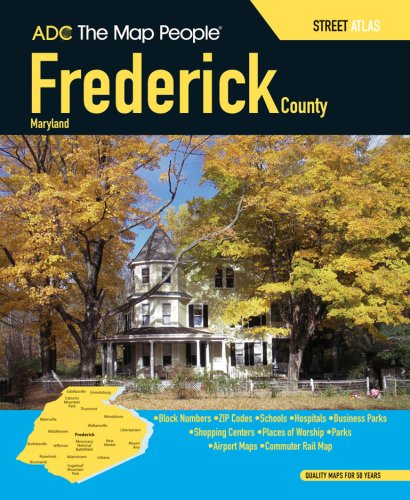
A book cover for ASC The Map People Frederick County, Maryland: Street Atlas; Travel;